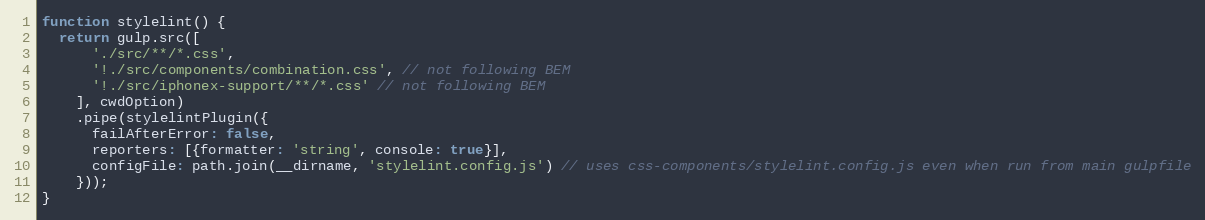
Language: JavaScript
function stylelint() {
  return gulp.src([
      './src/**/*.css',
      '!./src/components/combination.css', // not following BEM
      '!./src/iphonex-support/**/*.css' // not following BEM
    ], cwdOption)
    .pipe(stylelintPlugin({
      failAfterError: false,
      reporters: [{formatter: 'string', console: true}],
      configFile: path.join(__dirname, 'stylelint.config.js') // uses css-components/stylelint.config.js even when run from main gulpfile
    }));
}